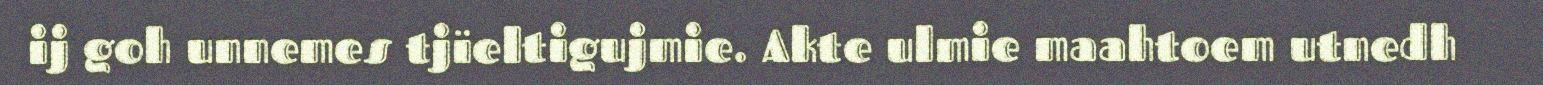
ij goh unnemes tjïeltigujmie. Akte ulmie maahtoem utnedh